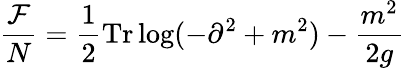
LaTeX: \frac{{\cal F}}{N}=\frac{1}{2}\mathrm{Tr}\log(-\partial^{2}+m^{2})-\frac{m^{2}}{2g}